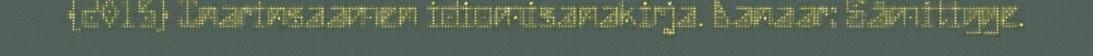
(2015) Inarinsaamen idiomisanakirja. Aanaar: Sämitigge.